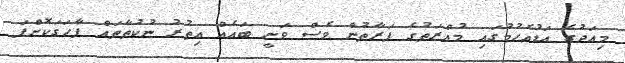
މިއަދުގެ އަޑުއެހުމުގައި މުއްރަތުގެ ފަރާތުން ވެސް ވަނީ ބައެއް އިތުރު ނުކުތާތައް ފާހަގަކޮށްފަ